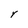
Character: Y